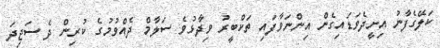
ކަލޭގެފާނު އިށީދެވަޑައިގެން އިންނަވާފައި ތަކްބީރު ވިދާޅުވެ ސަލާމް ދެއްވުމުގެ ކުރިން ދެ ސަޖިދަ